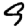
Digit: 9